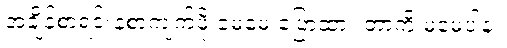
အချိန်စာရင်းနဲ့စာကျက်ဖို့ မေမေ ပြောထား တာကို မမေ့ပါနဲ့။